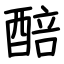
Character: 醅